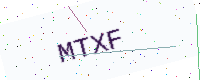
Text: MTXF